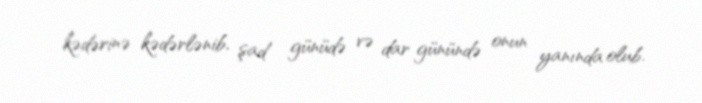
kədərinə kədərlənib, şad günüdə və dar günündə onun yanında olub.